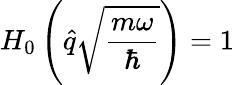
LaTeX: H_{0}\left(\hat{q}\sqrt{\frac{m\omega}{\hbar}}\right)=1